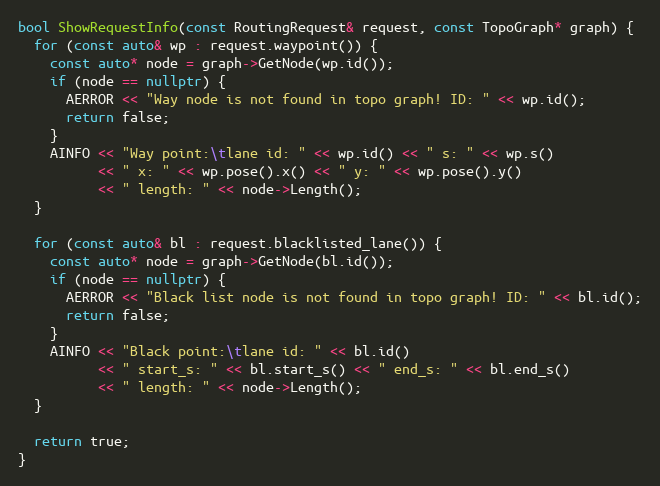
Language: C++
bool ShowRequestInfo(const RoutingRequest& request, const TopoGraph* graph) {
  for (const auto& wp : request.waypoint()) {
    const auto* node = graph->GetNode(wp.id());
    if (node == nullptr) {
      AERROR << "Way node is not found in topo graph! ID: " << wp.id();
      return false;
    }
    AINFO << "Way point:\tlane id: " << wp.id() << " s: " << wp.s()
          << " x: " << wp.pose().x() << " y: " << wp.pose().y()
          << " length: " << node->Length();
  }

  for (const auto& bl : request.blacklisted_lane()) {
    const auto* node = graph->GetNode(bl.id());
    if (node == nullptr) {
      AERROR << "Black list node is not found in topo graph! ID: " << bl.id();
      return false;
    }
    AINFO << "Black point:\tlane id: " << bl.id()
          << " start_s: " << bl.start_s() << " end_s: " << bl.end_s()
          << " length: " << node->Length();
  }

  return true;
}